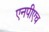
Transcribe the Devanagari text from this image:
एनपीएच